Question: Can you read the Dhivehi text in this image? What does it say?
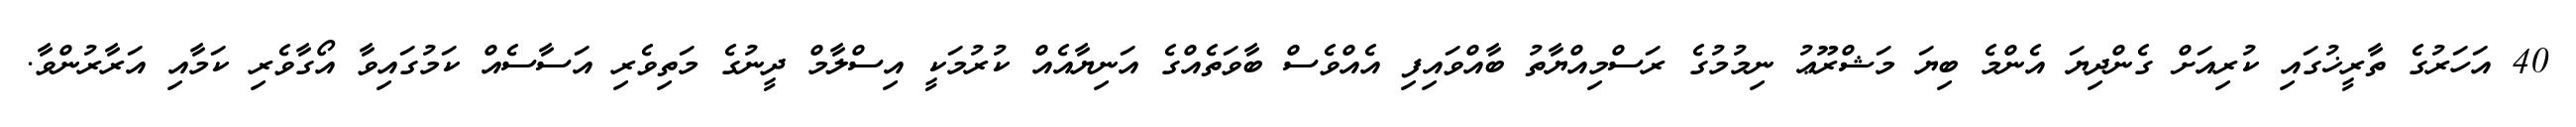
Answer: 40 އަހަރުގެ ތާރީޚުގައި ކުރިއަށް ގެންދިޔަ އެންމެ ބިޔަ މަޝްރޫޢު ނިމުމުގެ ރަސްމިއްޔާތު ބާއްވައިފި އެއްވެސް ބާވަތެއްގެ އަނިޔާއެއް ކުރުމަކީ އިސްލާމް ދީނުގެ މަތިވެރި އަސާސެއް ކަމުގައިވާ އޯގާވެރި ކަމާއި އަރާރުންވާ.